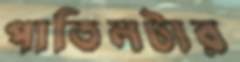
পাতিলটার